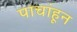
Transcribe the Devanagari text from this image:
पाचांहून